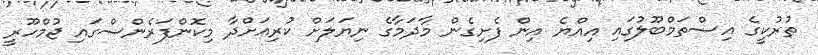
ތުރުކީގެ އިސްތަމްބޫލުގައި އިއްޔެ އިން ފެށިގެން މާދަމާގެ ނިޔަލަށް ކުރިއަށްދާ މިކޮންފަރެންސްގައި ޖުމްހޫރީ